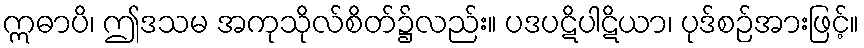
ဣဓာပိ၊ ဤဒသမ အကုသိုလ်စိတ်၌လည်း။ ပဒပဋိပါဋိယာ၊ ပုဒ်စဉ်အားဖြင့်။